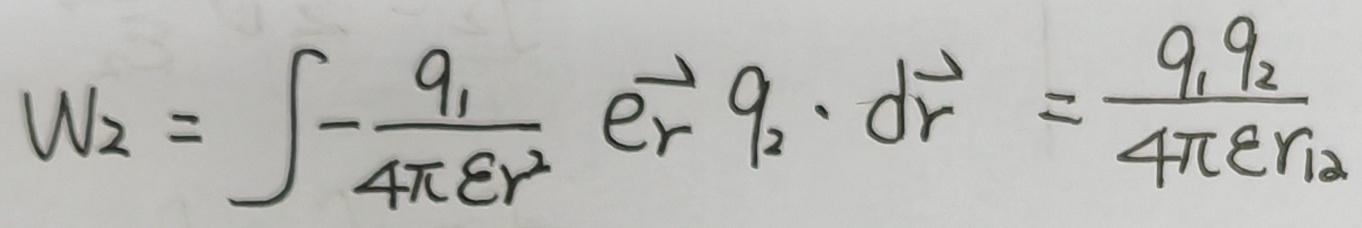
\[
W_2 = \int -\frac{q_1}{4\pi \varepsilon r^2} \vec{e_r} q_2 \cdot d\vec{r} = \frac{q_1 q_2}{4\pi \varepsilon r_{12}}
\]